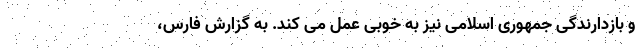
و بازدارندگی جمهوری اسلامی نیز به خوبی عمل می کند. به گزارش فارس،